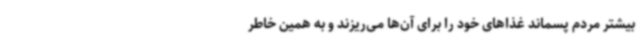
بیشتر مردم پسماند غذاهای خود را برای آن‌ها می‌ریزند و به همین خاطر